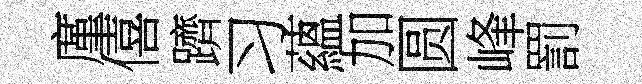
廑僖躋习蘊加圆峰罰